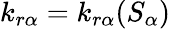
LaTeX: k_{r\alpha}=k_{r\alpha}(S_{\alpha})